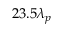
2 3 . 5 \lambda _ { p }